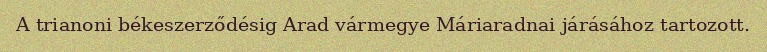
A trianoni békeszerződésig Arad vármegye Máriaradnai járásához tartozott.